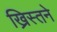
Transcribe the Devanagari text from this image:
ख्रिस्तने